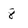
Character: 8